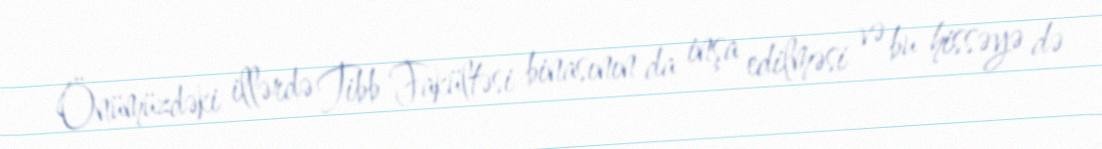
Önümüzdəki illərdə Tibb Fakültəsi binasının da inşa edilməsi və bu hissəyə də